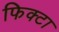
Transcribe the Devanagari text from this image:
फिक्टा